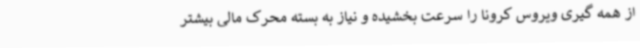
از همه گیری ویروس کرونا را سرعت بخشیده و نیاز به بسته محرک مالی بیشتر